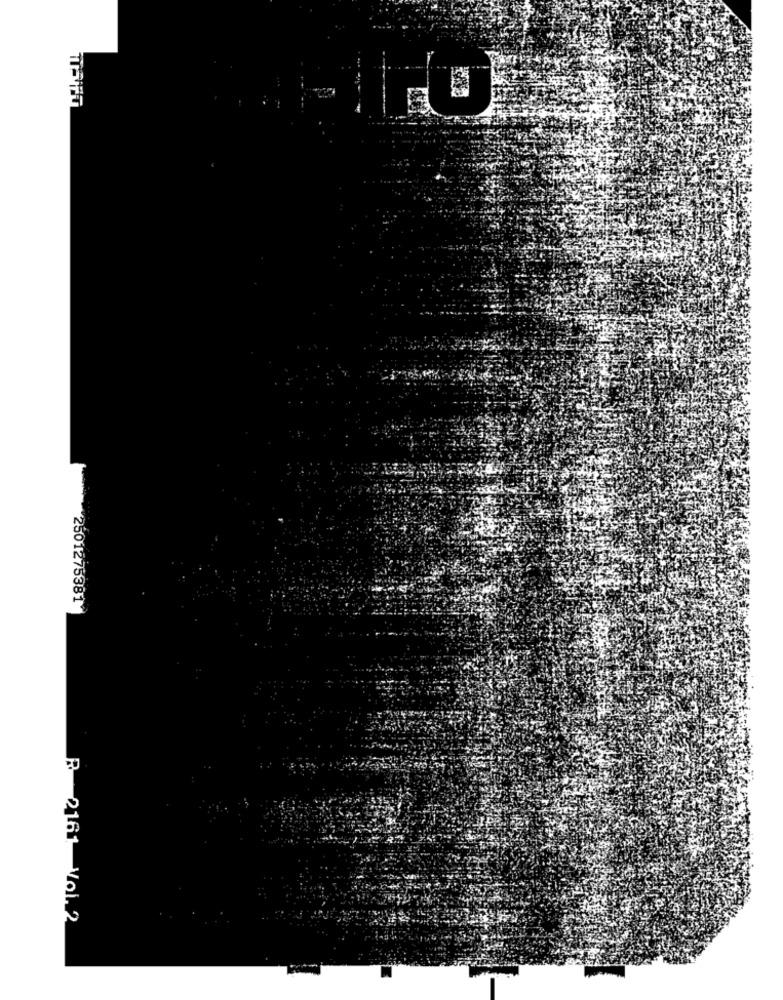
2501275381"
R 2161 Vol. 2